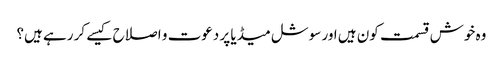
وہ خوش قسمت کون ہیں اور سوشل میڈیا پر دعوت و اصلاح کیسے کر رہے ہیں؟